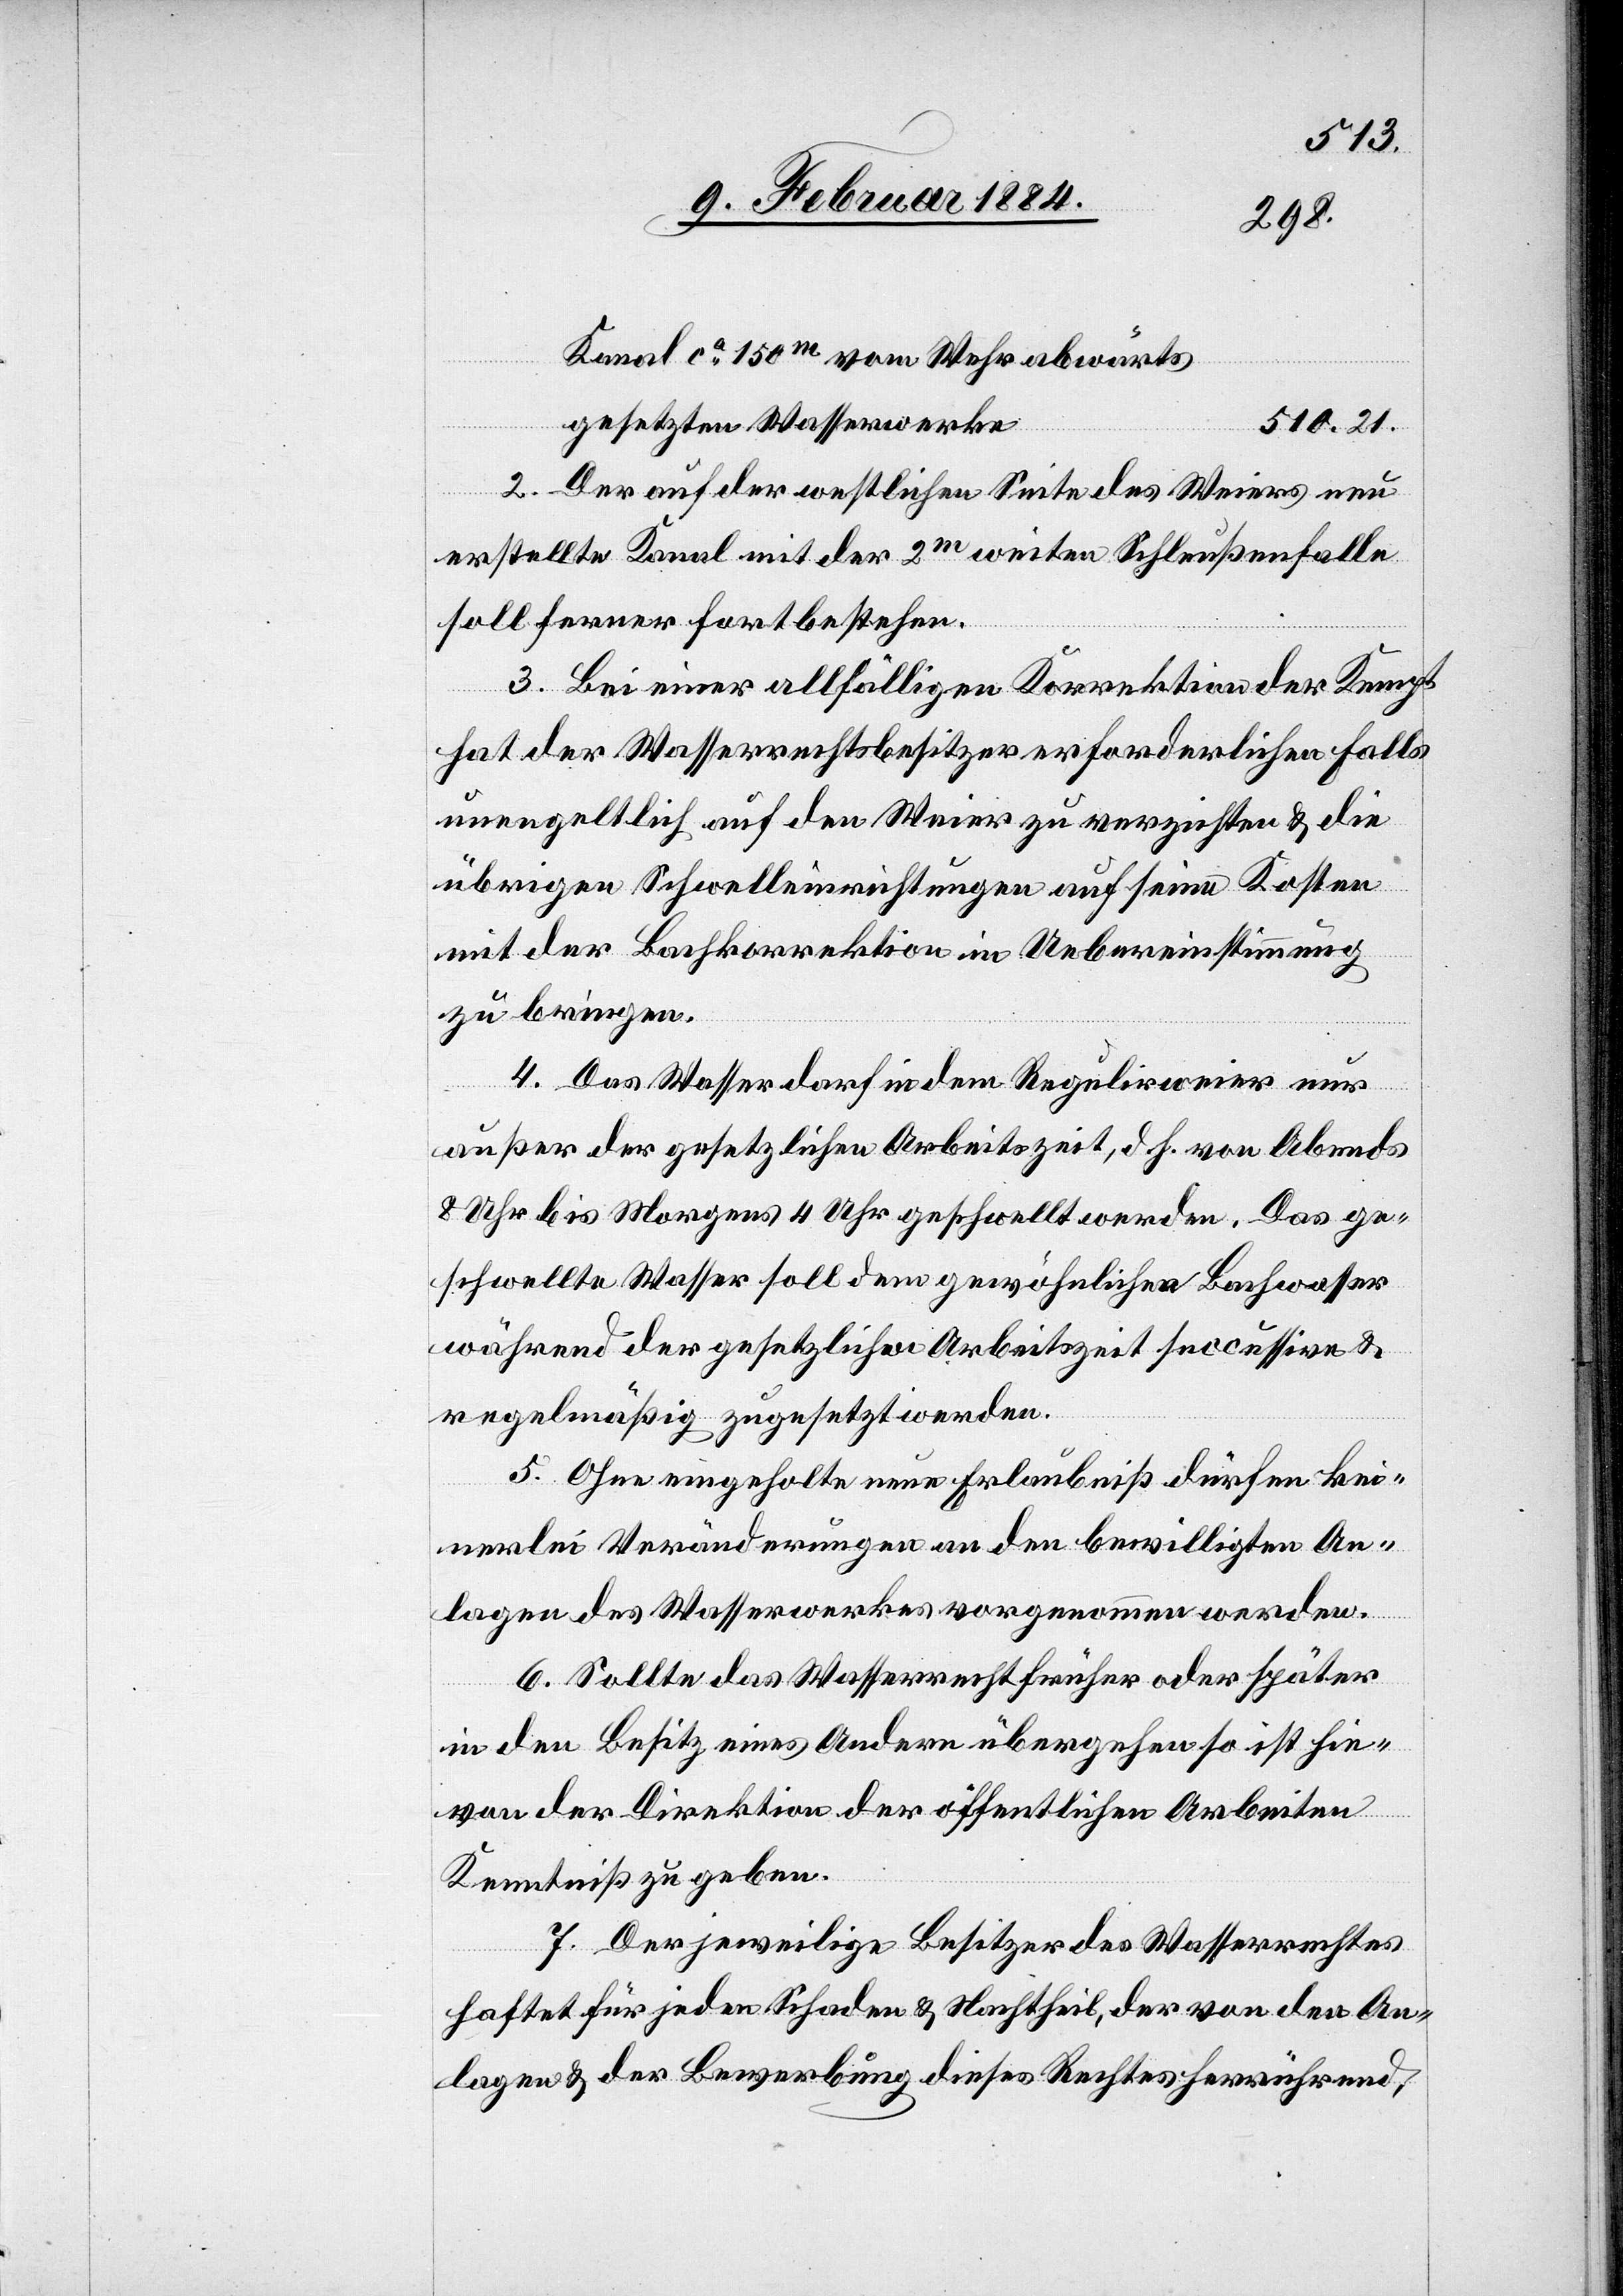
Kanal ca 150m vom Wehr abwärts
gesetzten Wasserwerke
510.21
2. Der auf der westlichen Seite des Weiers neu
erstellte Kanal mit der 2m weiten Schleußenfalle
soll ferner fortbestehen.
3. Bei einer allfälligen Korrektion der Kempt
hat der Wasserrechtsbesitzer erforderlichen Falls
unentgeltlich auf den Weier zu verzichten & die
übrigen Schwelleinrichtungen auf seine Kosten
mit der Bachkorrektion in Uebereinstimmung
zu bringen.
4. Das Wasser darf in dem Regulirweier nur
außer der gesetzlichen Arbeitszeit, d. h. von Abends
8 Uhr bis Morgens 4 Uhr geschwellt werden. Das ge¬
schwellte Wasser soll dem gewöhnlichen Bachwasser
während der gesetzlichen Arbeitszeit successive &
regelmäßig zugesetzt werden.
5. Ohne eingeholte neue Erlaubniß dürfen kei¬
nerlei Veränderungen an den bewilligten An¬
lagen des Wasserwerkes vorgenommen werden.
6. Sollte das Wasserrecht früher oder später
in den Besitz eines Andern übergehen so ist hie¬
von der Direktion der öffentlichen Arbeiten
Kenntniß zu geben.
7. Der jeweilige Besitzer des Wasserrechtes
haftet für jeden Schaden & Nachtheil, der von den An¬
lagen & der Bewerbung dieses Rechtes herrührend,